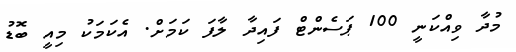
މުދާ ވިއްކަނީ 100 ޕަސެންޓް ފައިދާ ލާފަ ކަމަށް. އެކަމަކު މިއީ ބޮޑު